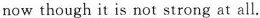
now though it is not strong at all.